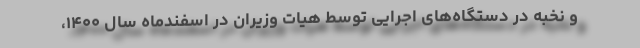
و نخبه در دستگاه‌های اجرایی توسط هیات وزیران در اسفندماه سال ۱۴۰۰،